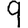
Digit: 9